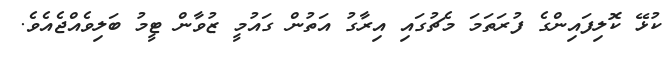
ކުޅޭ ކޮލިފައިންގެ ފުރަތަމަ މެޗުގައި އިރާގު އަތުން ގައުމީ ޒުވާން ޓީމު ބަލިވެއްޖެއެވެ.